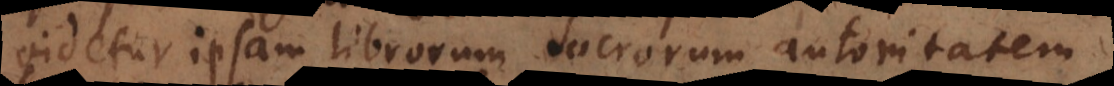
videtur ipsam librorum Sacrorum autoritatem